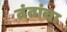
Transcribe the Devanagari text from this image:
तंतांचा